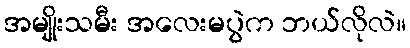
အမျိုးသမီး အလေးမပွဲက ဘယ်လိုလဲ။